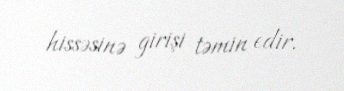
hissəsinə girişi təmin edir.